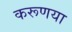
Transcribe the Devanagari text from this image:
करूणया